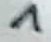
Text: 7